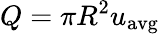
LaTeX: Q=\pi R^{2}{u}_{\mathrm{avg}}